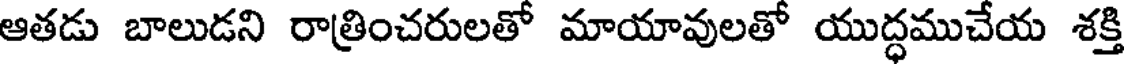
ఆతడు బాలుడని రాత్రించరులతో మాయావులతో యుద్ధముచేయ శక్తి